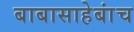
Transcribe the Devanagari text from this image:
बाबासाहेबांच